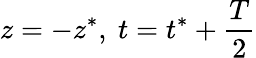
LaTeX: z=-z^{*},\ t=t^{*}+\frac{T}{2}